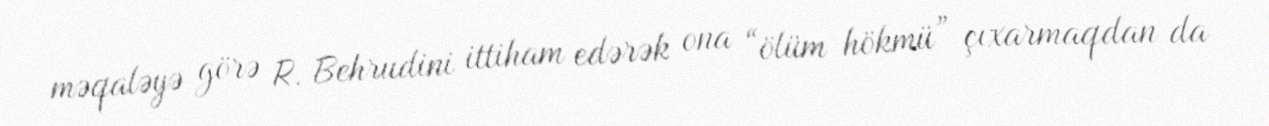
məqaləyə görə R. Behrudini ittiham edərək ona “ölüm hökmü” çıxarmaqdan da